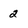
Character: 2